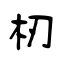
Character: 杒